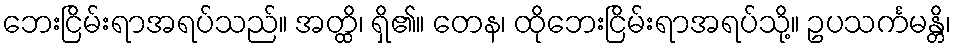
ဘေးငြိမ်းရာအရပ်သည်။ အတ္ထိ၊ ရှိ၏။ တေန၊ ထိုဘေးငြိမ်းရာအရပ်သို့။ ဥပသင်္ကမန္တိ၊